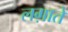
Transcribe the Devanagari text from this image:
लग़ाते